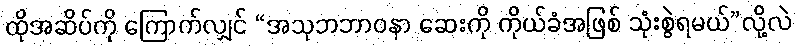
ထိုအဆိပ်ကို ကြောက်လျှင် “အသုဘဘာဝနာ ဆေးကို ကိုယ်ခံအဖြစ် သုံးစွဲရမယ်”လို့လဲ